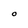
Character: O